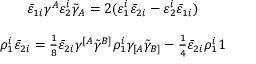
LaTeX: \begin{array} { c } { { \bar { \varepsilon } _ { 1 i } \gamma ^ { A } \varepsilon _ { 2 } ^ { i } \tilde { \gamma } _ { A } = 2 ( \varepsilon _ { 1 } ^ { i } \bar { \varepsilon } _ { 2 i } - \varepsilon _ { 2 } ^ { i } \bar { \varepsilon } _ { 1 i } ) } } \\ { { { } } } \\ { { \rho _ { 1 } ^ { i } \bar { \varepsilon } _ { 2 i } = \textstyle { \frac { 1 } { 8 } } \bar { \varepsilon } _ { 2 i } \gamma ^ { [ A } \tilde { \gamma } ^ { B ] } \rho _ { 1 } ^ { i } \gamma _ { [ A } \tilde { \gamma } _ { B ] } - \textstyle { \frac { 1 } { 4 } } \bar { \varepsilon } _ { 2 i } \rho _ { 1 } ^ { i } 1 } } \end{array}